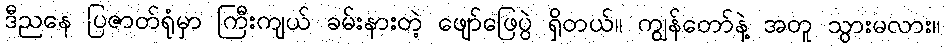
ဒီညနေ ပြဇာတ်ရုံမှာ ကြီးကျယ် ခမ်းနားတဲ့ ဖျော်ဖြေပွဲ ရှိတယ်။ ကျွန်တော်နဲ့ အတူ သွားမလား။